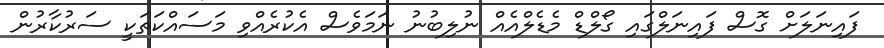
ފައިނަލަށް ގޮސް ފައިނަލްގައި ގޯލްޑް މެޑެލްއެއް ނުލިބުނު ނަމަވެސް އެކުރެއްވި މަސައްކަތަކީ ސަރުކާރުން